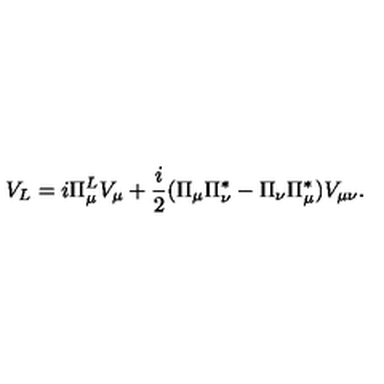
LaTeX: V _ { L } = i \Pi _ { \mu } ^ { L } V _ { \mu } + \frac { i } { 2 } ( \Pi _ { \mu } \Pi _ { \nu } ^ { * } - \Pi _ { \nu } \Pi _ { \mu } ^ { * } ) V _ { \mu \nu } .